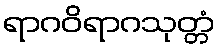
ရာဂဝိရာဂသုတ္တံ